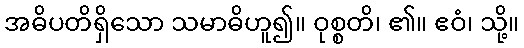
အဓိပတိရှိသော သမာဓိဟူ၍။ ဝုစ္စတိ၊ ၏။ ဧဝံ၊ သို့။